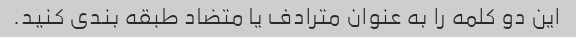
این دو کلمه را به عنوان مترادف یا متضاد طبقه بندی کنید.